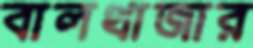
বালথাজার